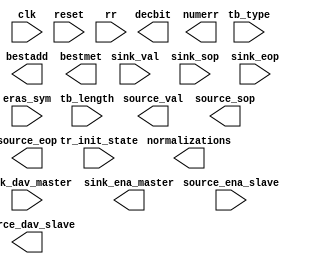
// Generated by Viterbi Compiler 4.1.0 [Altera, IP Toolbench v1.2.5 build28]
// ************************************************************
// THIS IS A WIZARD-GENERATED FILE. DO NOT EDIT THIS FILE!
// ************************************************************
// Copyright (C) 1991-2004 Altera Corporation
// Any megafunction design, and related net list (encrypted or decrypted),
// support information, device programming or simulation file, and any other
// associated documentation or information provided by Altera or a partner
// under Altera's Megafunction Partnership Program may be used only to
// program PLD devices (but not masked PLD devices) from Altera.  Any other
// use of such megafunction design, net list, support information, device
// programming or simulation file, or any other related documentation or
// information is prohibited for any other purpose, including, but not
// limited to modification, reverse engineering, de-compiling, or use with
// any other silicon devices, unless such use is explicitly licensed under
// a separate agreement with Altera or a megafunction partner.  Title to
// the intellectual property, including patents, copyrights, trademarks,
// trade secrets, or maskworks, embodied in any such megafunction design,
// net list, support information, device programming or simulation file, or
// any other related documentation or information provided by Altera or a
// megafunction partner, remains with Altera, the megafunction partner, or
// their respective licensors.  No other licenses, including any licenses
// needed under any third party's intellectual property, are provided herein.

module viterbi_BER (
	clk,
	reset,
	sink_dav_master,
	source_ena_slave,
	sink_val,
	sink_sop,
	sink_eop,
	rr,
	eras_sym,
	tr_init_state,
	tb_type,
	tb_length,
	sink_ena_master,
	source_dav_slave,
	source_val,
	source_sop,
	source_eop,
	decbit,
	normalizations,
	bestadd,
	bestmet,
	numerr);

	input		clk;
	input		reset;
	input		sink_dav_master;
	input		source_ena_slave;
	input		sink_val;
	input		sink_sop;
	input		sink_eop;
	input	[8:1]	rr;
	input	[2:1]	eras_sym;
	input	[6:1]	tr_init_state;
	input		tb_type;
	input	[6:1]	tb_length;
	output		sink_ena_master;
	output		source_dav_slave;
	output		source_val;
	output		source_sop;
	output		source_eop;
	output		decbit;
	output	[8:1]	normalizations;
	output	[6:1]	bestadd;
	output	[9:1]	bestmet;
	output	[14:1]	numerr;
endmodule